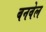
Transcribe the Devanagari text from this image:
बनवेल